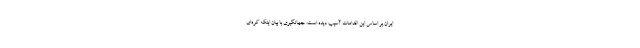
ایران بر اساس این اقدامات آسیب دیده است. جهانگیری با بیان اینکه کره‌ای